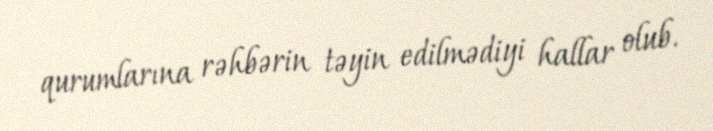
qurumlarına rəhbərin təyin edilmədiyi hallar olub.